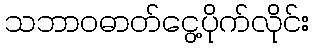
သဘာဝဓာတ်ငွေ့ပိုက်လိုင်း